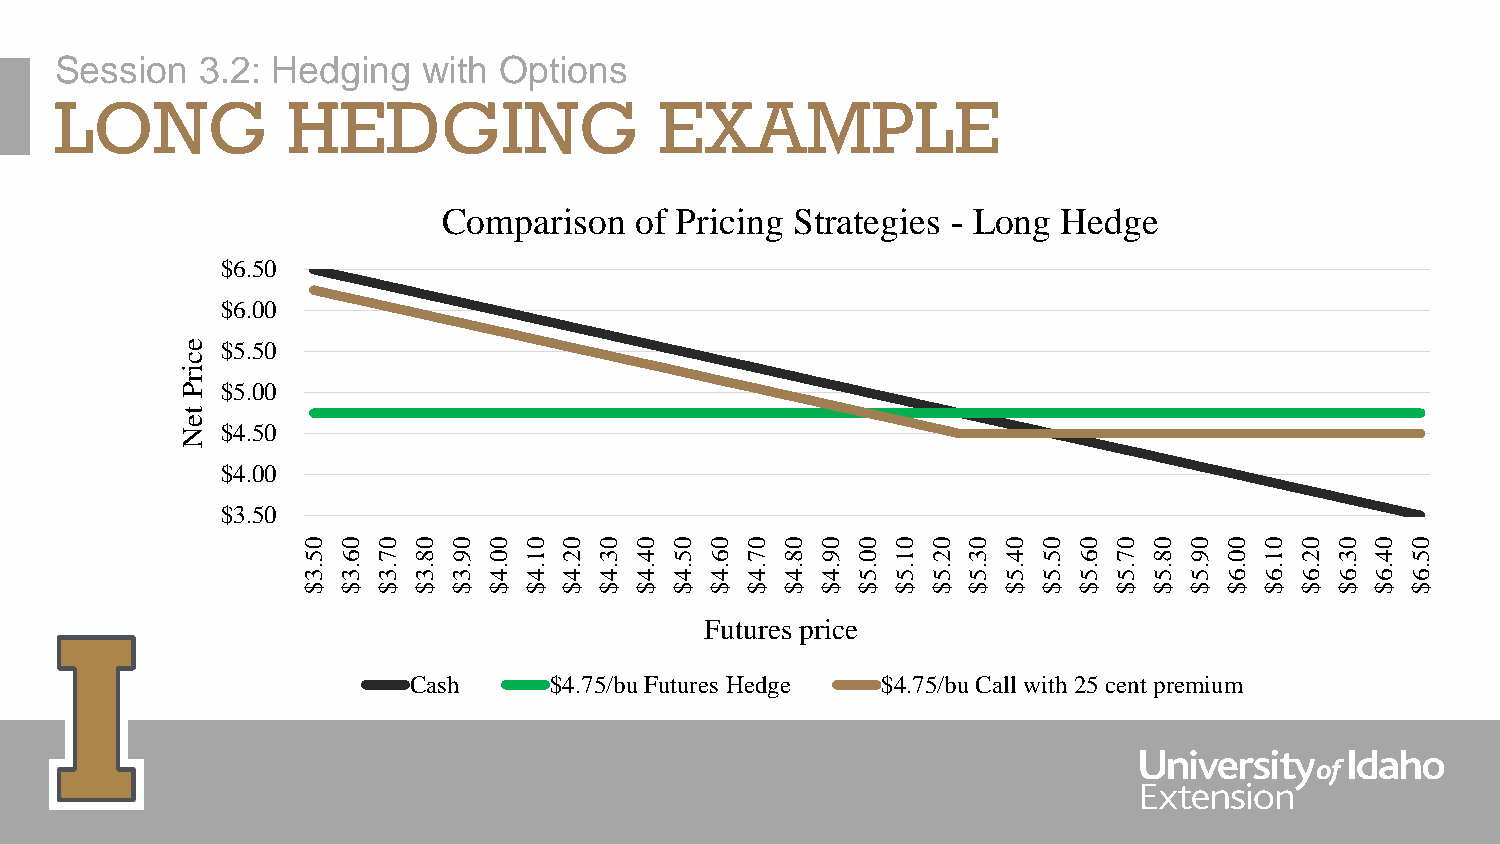
Session  3.2: Hedging   with Options
 LONG           HEDGING                  EXAMPLE
 Comparison   of Pricing Strategies - Long Hedge
 $6.50
 $6.00
 e  $5.50
 c
 i
 r
 P  $5.00
 t
 e
 N  $4.50
 $4.00
 $3.50
 0 0  0 0  0 0  0 0  0 0 0  0 0  0 0  0 0  0 0 0  0 0  0 0  0 0  0 0 0  0 0
 5 6  7 8  9 0  1 2  3 4 5  6 7  8 9  0 1  2 3 4  5 6  7 8  9 0  1 2 3  4 5
 .3 .3 .3 .3 .3 .4 .4 .4 .4 .4 .4 .4 .4 .4 .4 .5 .5 .5 .5 .5 .5 .5 .5 .5 .5 .6 .6 .6 .6 .6 .6
 $ $  $ $  $ $  $ $  $ $ $  $ $  $ $  $ $  $ $ $  $ $  $ $  $ $  $ $ $  $ $
 Futures price
 Cash     $4.75/bu Futures Hedge $4.75/bu Call with 25 cent premium